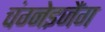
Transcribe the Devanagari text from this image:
चंग्नेइजैंग